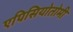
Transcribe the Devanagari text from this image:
एपिसियोतोमी